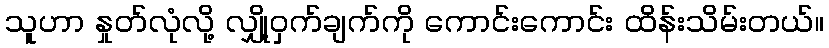
သူဟာ နှုတ်လုံလို့ လျှို့ဝှက်ချက်ကို ကောင်းကောင်း ထိန်းသိမ်းတယ်။